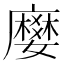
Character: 𭚅